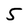
Character: 5